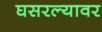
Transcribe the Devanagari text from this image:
घसरल्यावर